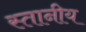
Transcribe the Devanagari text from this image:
स्तानीय